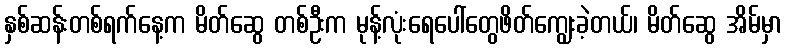
နှစ်ဆန်းတစ်ရက်နေ့က မိတ်ဆွေ တစ်ဦးက မုန့်လုံးရေပေါ်တွေဖိတ်ကျွေးခဲ့တယ်၊ မိတ်ဆွေ အိမ်မှာ